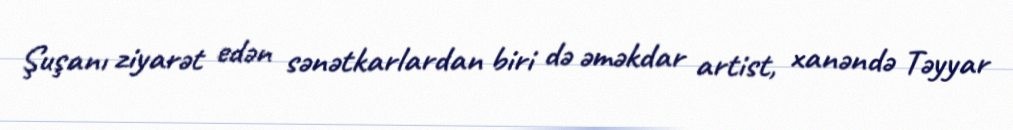
Şuşanı ziyarət edən sənətkarlardan biri də əməkdar artist, xanəndə Təyyar